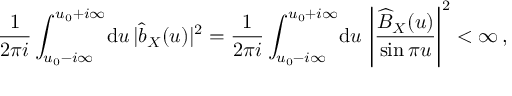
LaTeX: \frac { 1 } { 2 \pi i } \int _ { u _ { 0 } - i \infty } ^ { u _ { 0 } + i \infty } \! \mathrm { d } u \, | \widehat b _ { X } ( u ) | ^ { 2 } = \frac { 1 } { 2 \pi i } \int _ { u _ { 0 } - i \infty } ^ { u _ { 0 } + i \infty } \! \mathrm { d } u \, \left| \frac { \widehat B _ { X } ( u ) } { \sin \pi u } \right| ^ { 2 } < \infty \, ,